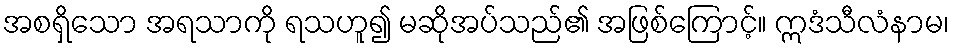
အစရှိသော အရသာကို ရသဟူ၍ မဆိုအပ်သည်၏ အဖြစ်ကြောင့်။ ဣဒံသီလံနာမ၊